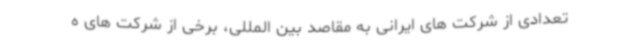
تعدادی از شرکت های ایرانی به مقاصد بین المللی، برخی از شرکت های ه